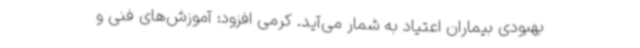
بهبودی بیماران اعتیاد به شمار می‌آید. کرمی افزود: آموزش‌های فنی و